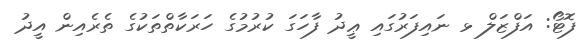
ފޮޓޯ: އަފްޒަލް ޅ ނައިފަރުގައި ޢީދު ފާހަގަ ކުރުމުގެ ހަރަކާތްތަކުގެ ތެރެއިން އީދު